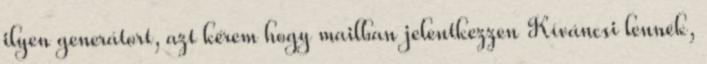
ilyen generátort, azt kérem hogy mailban jelentkezzen Kíváncsi lennék,